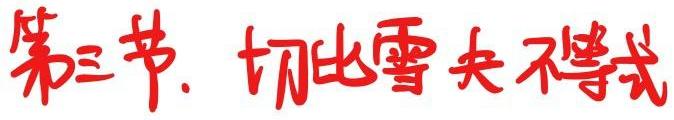
第三节. 切比雪夫不等式